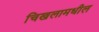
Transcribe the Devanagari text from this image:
चिखलामधील